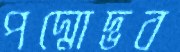
পদ্মোদ্ভব